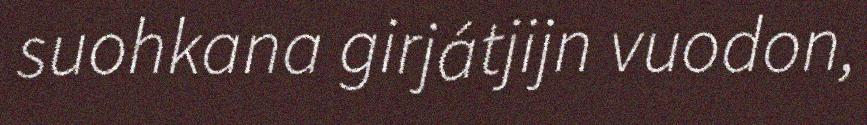
suohkana girjátjijn vuodon,